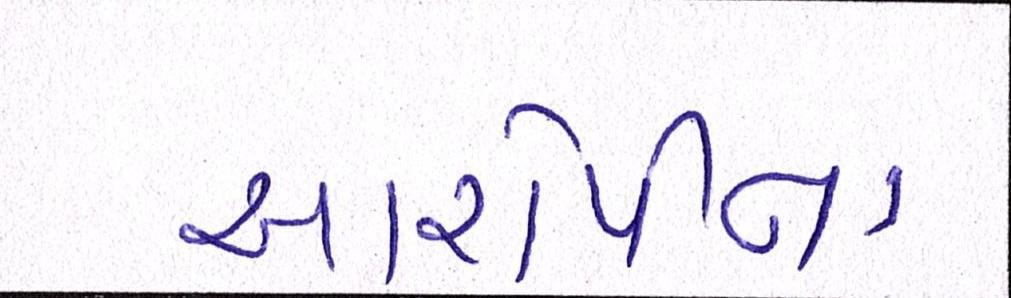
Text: આરોપીના